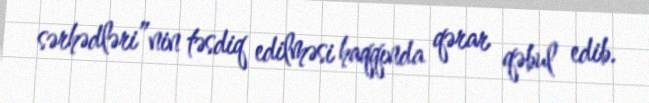
sərhədləri”nin təsdiq edilməsi haqqında qərar qəbul edib.